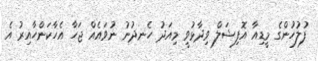
ފުލުހުންގެ މީޑިއާ އޮފިޝަލް ވިދާޅުވީ މިއަދު ހެނދުނު ނުވައެއް ޖަހާ އެހާކަންހާއިރު އެ